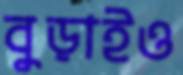
বুড়াইও